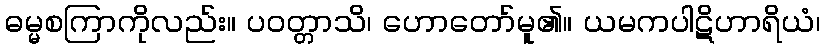
ဓမ္မစကြာကိုလည်း။ ပဝတ္တာသိ၊ ဟောတော်မူ၏။ ယမကပါဋိဟာရိယံ၊